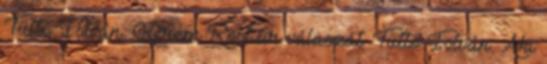
Tüttő István: Kérem Röst úr válaszát. Tüttő István: Aki